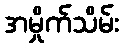
အမှိုက်သိမ်း